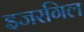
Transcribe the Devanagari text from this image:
इजरगिल